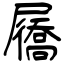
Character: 屩